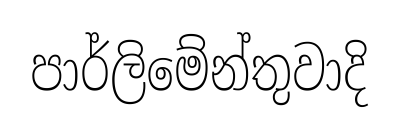
පාර්ලිමේන්තුවාදි